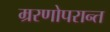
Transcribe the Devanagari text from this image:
म्ररणोपरान्त